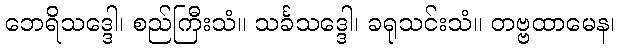
ဘေရိသဒ္ဒေါ၊ စည်ကြီးသံ။ သင်္ခသဒ္ဒေါ၊ ခရုသင်းသံ။ တဗ္ဗထာမေန၊